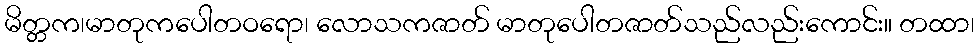
မိတ္တက၊မာတုကပေါတဝရော၊ လောသကဇာတ် မာတုပေါတဇာတ်သည်လည်းကောင်း။ တထာ၊